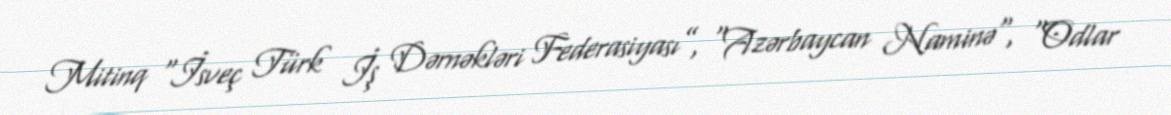
Mitinq “İsveç Türk İş Dərnəkləri Federasiyası”, “Azərbaycan Naminə", “Odlar